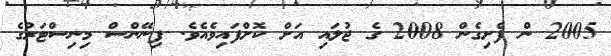
2005 ން ފެށިގެން 2008 ގެ ޖުލައި އަށް ކޮށްފައިވެއެވެ. ފިނޭންސް މިނިސްޓަރުގެ